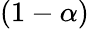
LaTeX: (1-\alpha)